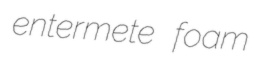
entermete foam